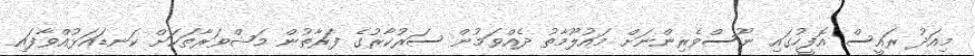
މިއަދު ރައީސް އޮފީހުގައި ނޫސްވެރިންނަށް މައުލޫމާތު ދެއްވަމުން ސަރުކާރުގެ ފަރާތުން މަޝްވަރާތަކަށް ކަނޑައަޅުއްވާފައި